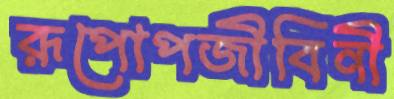
রূপোপজীবিনী